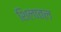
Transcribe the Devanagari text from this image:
शिलातल